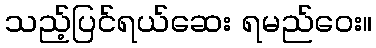
သည့်ပြင်ရယ်ဆေး ရမည်ဝေး။